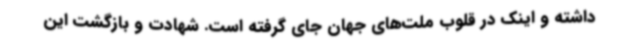
داشته و اینک در قلوب ملت‌های جهان جای گرفته است. شهادت و بازگشت این